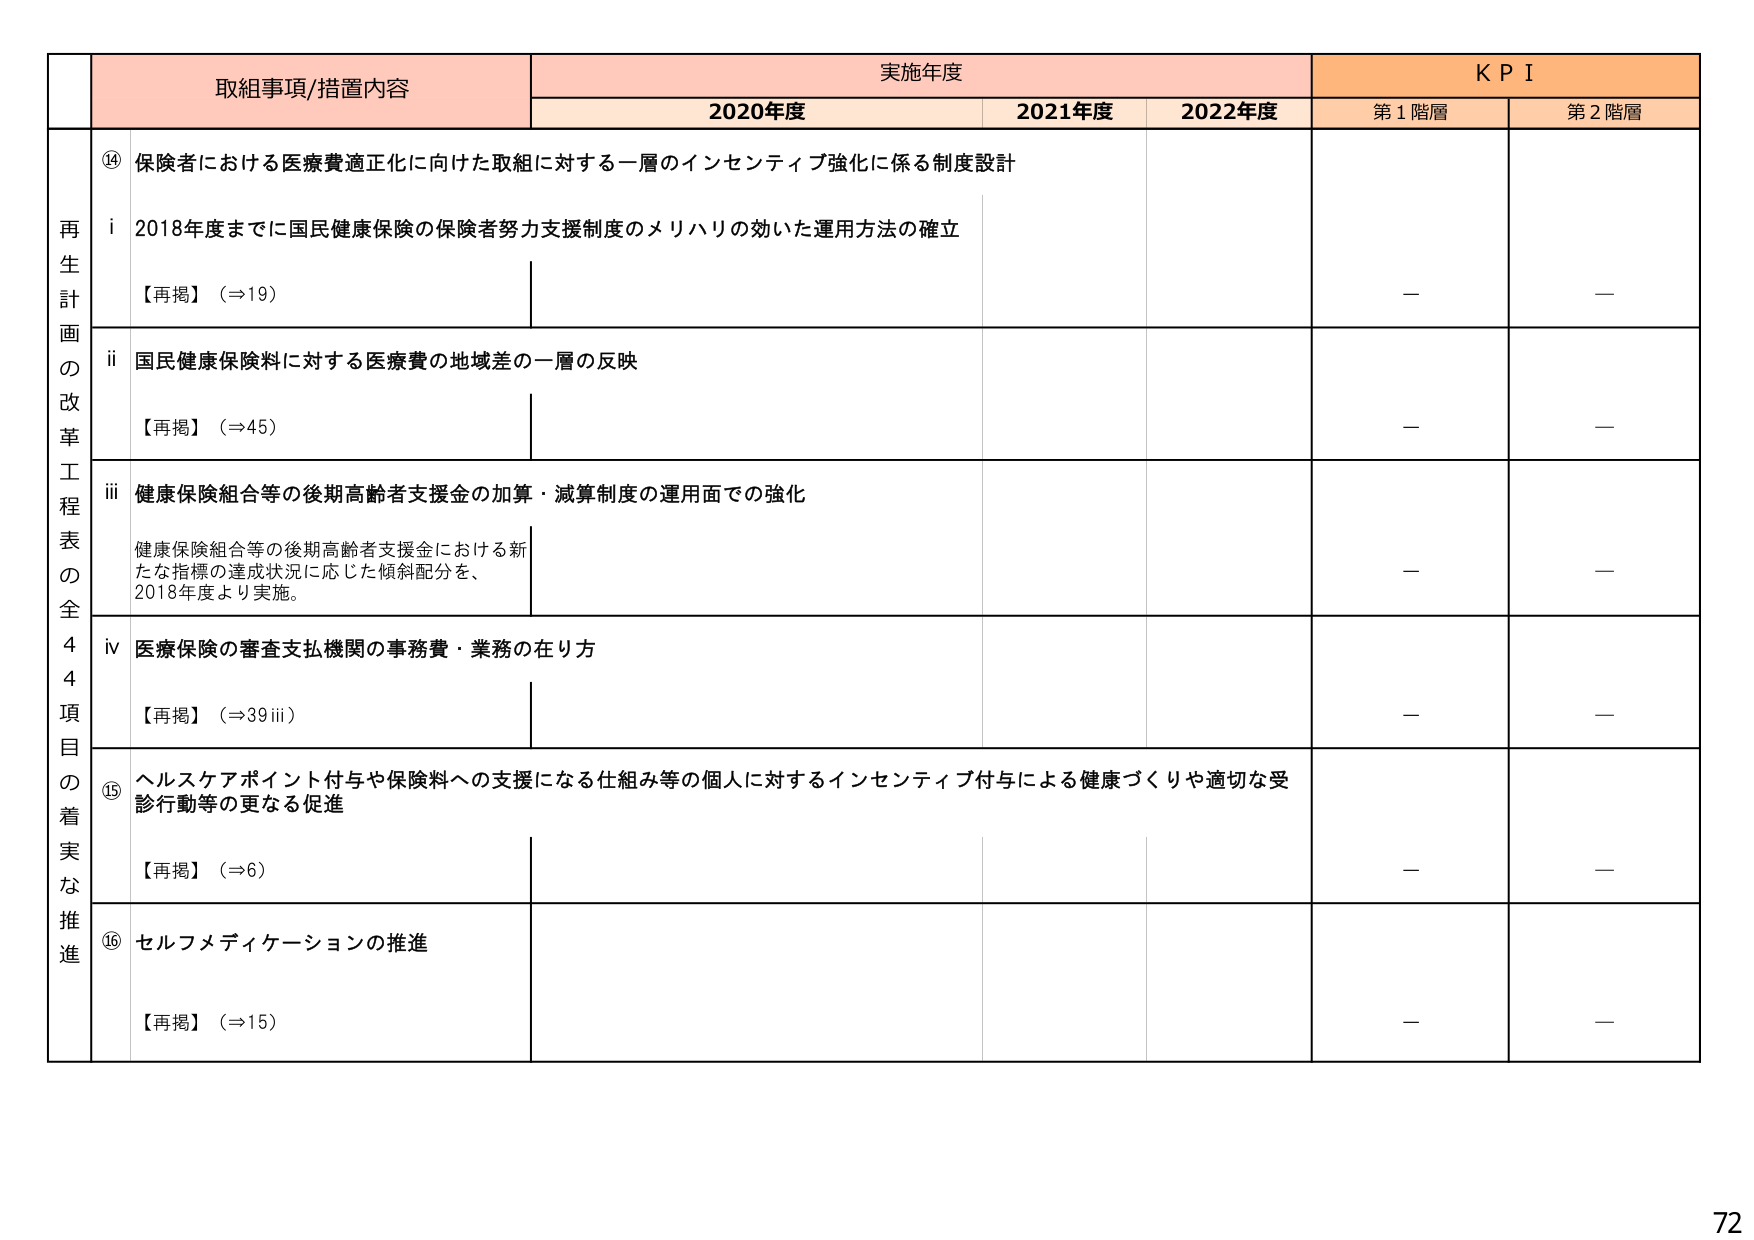
再生計画の改革工程表の全44項目の着実な推進

取組事項/措置内容

実施年度

KPI

2020年度

2021年度

2022年度

第1階層

第2階層

⑭ 保険者における医療費適正化に向けた取組に対する一層のインセンティブ強化に係る制度設計

i 2018年度までに国民健康保険の保険者努力支援制度のメリハリの効いた運用方法の確立

【再掲】（⇒19）

—

—

ii 国民健康保険料に対する医療費の地域差の一層の反映

【再掲】（⇒45）

—

—

iii 健康保険組合等の後期高齢者支援金の加算・減算制度の運用面での強化

健康保険組合等の後期高齢者支援金における新たな指標の達成状況に応じた傾斜配分を、2018年度より実施。

—

—

iv 医療保険の審査支払機関の事務費・業務の在り方

【再掲】（⇒39 iii）

—

—

⑮ ヘルスケアポイント付与や保険料への支援になる仕組み等の個人に対するインセンティブ付与による健康づくりや適切な受診行動等の更なる促進

【再掲】（⇒6）

—

—

⑯ セルフメディケーションの推進

【再掲】（⇒15）

—

—

72